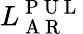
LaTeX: L_{\mathrm{~A~R~}}^{\mathrm{~P~U~L~}}